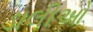
ડાલીઓ